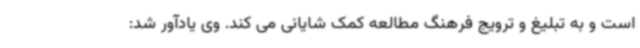
است و به تبلیغ و ترویج فرهنگ مطالعه کمک شایانی می کند. وی یادآور شد: